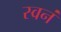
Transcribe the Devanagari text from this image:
स्वनं